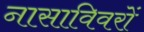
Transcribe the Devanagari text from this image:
नासाविवरों